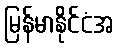
မြန်မာနိုင်ငံအ